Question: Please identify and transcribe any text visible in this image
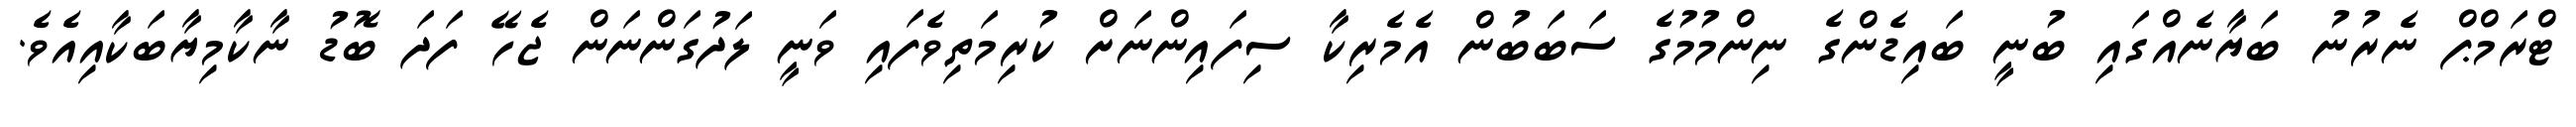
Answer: ޓްރަމްޕް ނެރުނު ބަޔާނެއްގައި ބުނީ ބައިޑެންގެ ނިންމުމުގެ ސަބަބުން އެމެރިކާ ސިފައިންނަށް ކުރިމަތިވެފައި ވަނީ ލަދުގަންނަން ޖެހޭ ފަދަ ބޮޑު ނާކާމިޔާބަކާއިއެވެ.